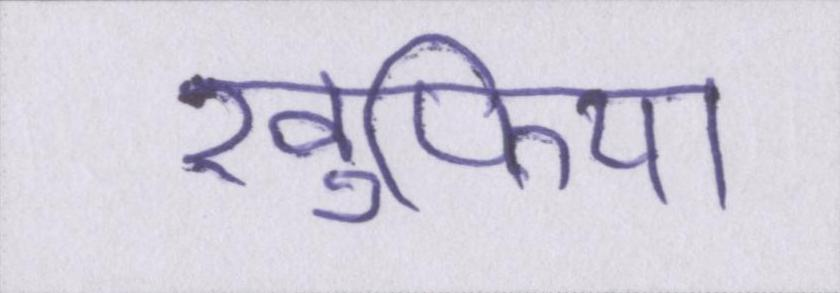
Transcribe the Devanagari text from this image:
खुफिया